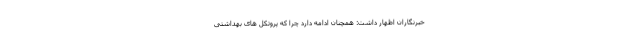
خبرنگاران اظهار داشت: همچنان ادامه دارد چرا که پروتکل های بهداشتی